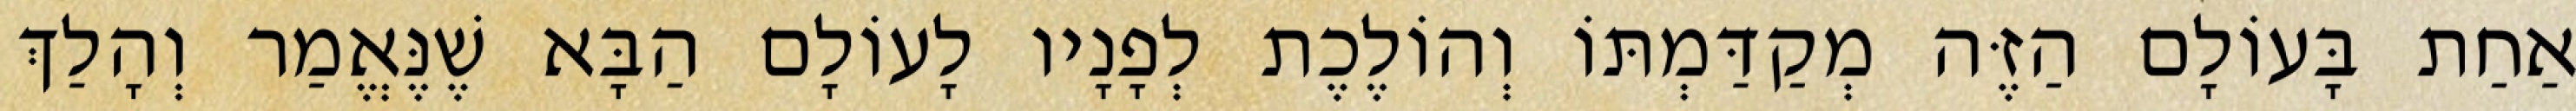
אַחַת בָּעוֹלָם הַזֶּה מְקַדַּמְתּוֹ וְהוֹלֶכֶת לְפָנָיו לָעוֹלָם הַבָּא שֶׁנֶּאֱמַר וְהָלַךְ